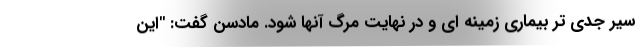
سیر جدی تر بیماری زمینه ای و در نهایت مرگ آنها شود. مادسن گفت: "این